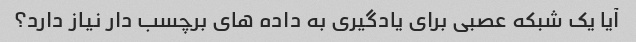
آیا یک شبکه عصبی برای یادگیری به داده های برچسب دار نیاز دارد؟